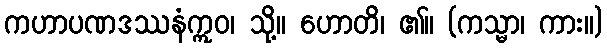
ကဟာပဏဒဿနံဣဝ၊ သို့။ ဟောတိ၊ ၏။ (ကသ္မာ၊ ကား။)